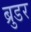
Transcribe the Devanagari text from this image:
ब्रुडर